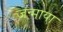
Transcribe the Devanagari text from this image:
जन्माया